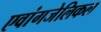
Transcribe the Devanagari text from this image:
एवांगजेलिकल